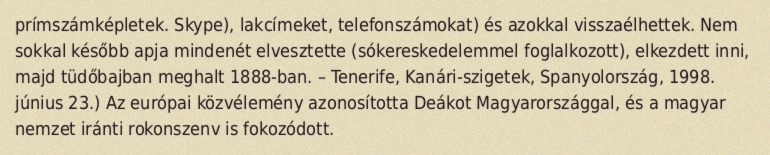
prímszámképletek. Skype), lakcímeket, telefonszámokat) és azokkal visszaélhettek. Nem sokkal később apja mindenét elvesztette (sókereskedelemmel foglalkozott), elkezdett inni, majd tüdőbajban meghalt 1888-ban. – Tenerife, Kanári-szigetek, Spanyolország, 1998. június 23.) Az európai közvélemény azonosította Deákot Magyarországgal, és a magyar nemzet iránti rokonszenv is fokozódott.